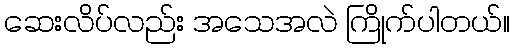
ဆေးလိပ်လည်း အသေအလဲ ကြိုက်ပါတယ်။